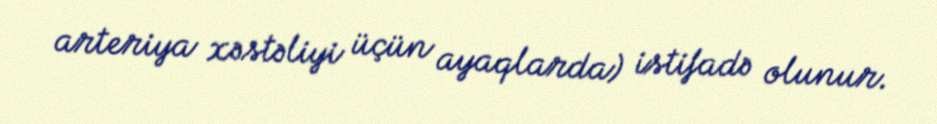
arteriya xəstəliyi üçün ayaqlarda) istifadə olunur.